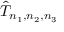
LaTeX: { \hat { T } } _ { n _ { 1 } , n _ { 2 } , n _ { 3 } }